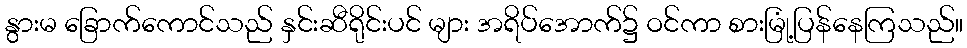
နွားမ ခြောက်ကောင်သည် နှင်းဆီရိုင်းပင် များ အရိပ်အောက်၌ ဝင်ကာ စားမြုံ့ပြန်နေကြသည်။